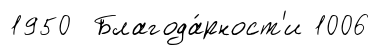
1950 Благода́рност'и 1006